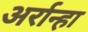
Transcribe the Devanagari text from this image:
अर्रान्हा